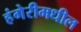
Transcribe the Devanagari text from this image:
हंगेरीमधील